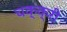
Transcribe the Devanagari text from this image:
चक्क्री